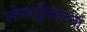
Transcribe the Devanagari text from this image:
लंबवर्तुळाच्या